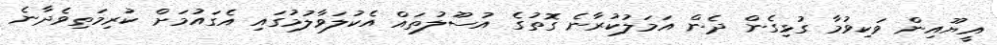
އީޔޫއިން ވަކިވުމާ ގުޅިގެން ދެން އަމަލުކުރާނެ ގޮތުގެ އުސޫލުތައް އެކުލަވާލުމުގައި އެގައުމަށް ކުރިމަތިވެދާނެ